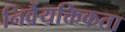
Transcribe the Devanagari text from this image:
निर्वैयक्तिकता